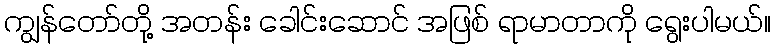
ကျွန်တော်တို့ အတန်း ခေါင်းဆောင် အဖြစ် ရာမာတာကို ရွေးပါမယ်။